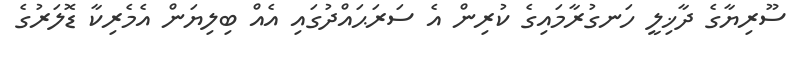
ސޫރިޔާގެ ދާޚިލީ ހަނގުރާމައިގެ ކުރިން އެ ސަރަޙައްދުގައި އެއް ބިލިޔަން އެމެރިކާ ޑޮލަރުގެ